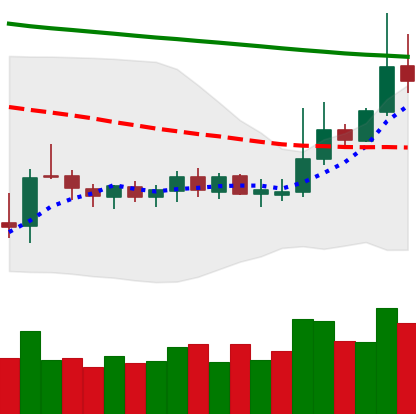
Ticker: DOGE-USD
Chart end date: 2019-10-18
Forward return: -7.798%
Label: down_7plus